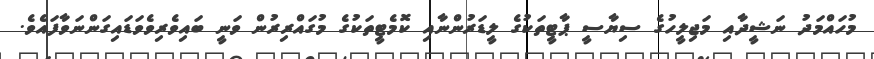
މުހައްމަދު ނަޝީދާއި މަޖިލީހުގެ ސިޔާސީ ޕާޓީތަކުގެ ލީޑަރުންނާއި ކޮމެޓީތަކުގެ މުގައްރިރުން ވަނީ ބައިވެރިވެވަޑައިގަންނަވާފައެވެ.